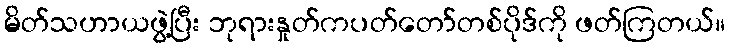
မိတ်သဟာယဖွဲ့ပြီး ဘုရားနှုတ်ကပတ်တော်တစ်ပိုဒ်ကို ဖတ်ကြတယ်။